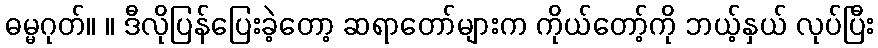
ဓမ္မဂုတ်။ ။ ဒီလိုပြန်ပြေးခဲ့တော့ ဆရာတော်များက ကိုယ်တော့်ကို ဘယ့်နှယ် လုပ်ပြီး